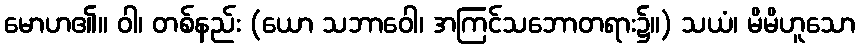
မောဟ၏။ ဝါ၊ တစ်နည်း (ယော သဘာဝေါ၊ အကြင်သဘောတရား၌။) သယံ၊ မိမိဟူသော